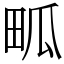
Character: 畖